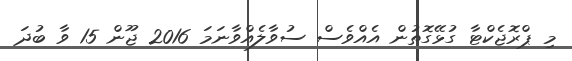
މި ޕްރޮޖެކްޓާ ގުޅޭގޮތުން އެއްވެސް ސުވާލެއްވާނަމަ 2016 ޖޫން 15 ވާ ބުދަ